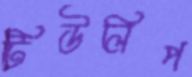
টিউলিপ